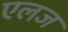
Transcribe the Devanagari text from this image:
एलज